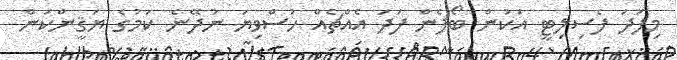
މިފަދަ ފެސިލިޓީ އަކުން ބޯފެން ފަދަ އެއްޗެއް ހުސްވިޔަ ނުދޭނެ ކަމުގެ ޔަޤީންކަން